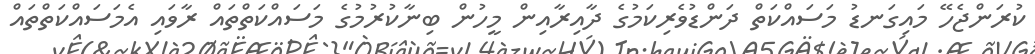
ކުރަންޖެހޭ މައިގަނޑު މަސައްކަތް ދަންޑުވެރިކަމުގެ ދާއިރާއިން މީހުން ބިނާކުރުމުގެ މަސައްކަތްތައް ރާވައި އެމަސައްކަތްތައް